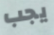
يجب